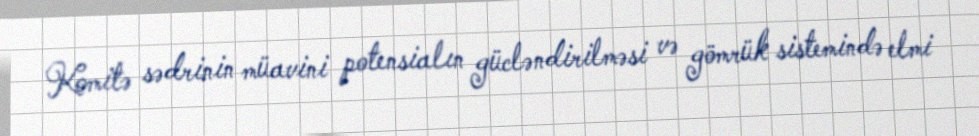
Komitə sədrinin müavini potensialın gücləndirilməsi və gömrük sistemində elmi